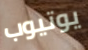
يوتيوب